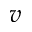
v